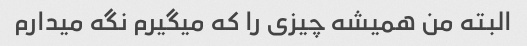
البته من همیشه چیزی را که میگیرم نگه میدارم